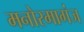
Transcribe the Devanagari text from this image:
मनोरमागंज